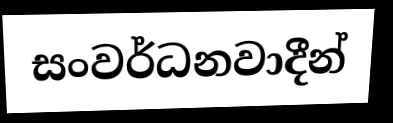
සංවර්ධනවාදීන්